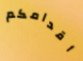
أقدامكم